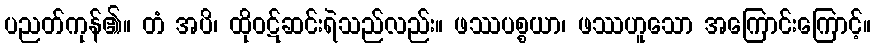
ပညတ်ကုန်၏။ တံ အပိ၊ ထိုဝဋ်ဆင်းရဲသည်လည်း။ ဖဿပစ္စယာ၊ ဖဿဟူသော အကြောင်းကြောင့်။